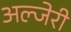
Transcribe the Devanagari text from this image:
अल्जेरी